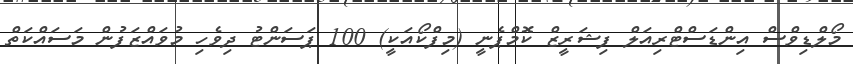
މޯލްޑިވްސް އިންޑަސްޓްރިއަލް ފިޝަރީޒް ކޮމްޕެނީ (މިފްކޯއަކީ) 100 ޕަސަންޓު ދިވެހި މުވައްޒަފުން މަސައްކަތް